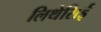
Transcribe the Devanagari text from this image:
लिथेसिई